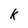
Character: k